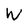
Character: W